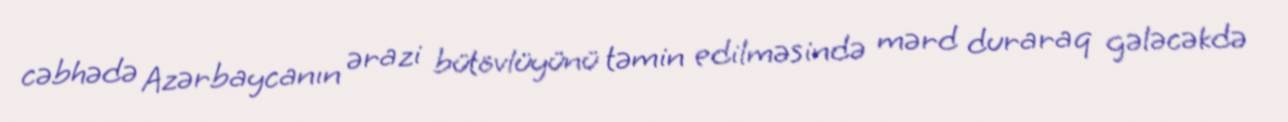
cəbhədə Azərbaycanın ərazi bütövlüyünü təmin edilməsində mərd duraraq gələcəkdə